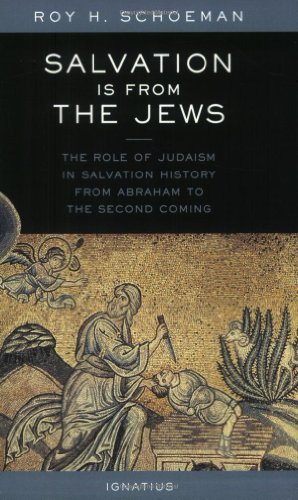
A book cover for Salvation Is from the Jews; Roy H. Schoeman; Christian Books & Bibles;